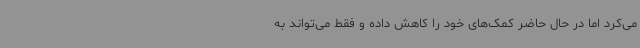
می‌کرد اما در حال حاضر کمک‌های خود را کاهش داده و فقط می‌تواند به